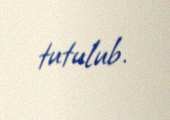
tutulub.